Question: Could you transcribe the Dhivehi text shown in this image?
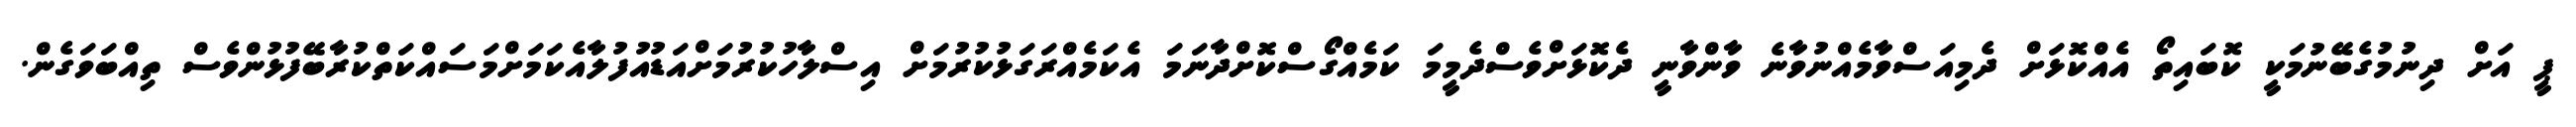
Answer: ޕީ އަށް ދިނުމުގެބޭނުމަކީ ކޮބައިތޯ އެއްކޮޅަށް ދެމިއަސްވާމެއްނުވާނެ ވާންވާނީ ދެކޮޅަށްވެސްދެމީމަ ކަމެއްގޯސްކޮށްދާނަމަ އެކަމެއްރަގަޅުކުރުމަށް އިސްލާހުކުރުމަށްއަޑުއުފުލާއެކަމަށްމަސައްކަތްކުރާބޭފުޅުންވެސް ތިއްބަވަގެން.